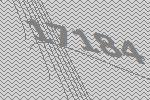
17184